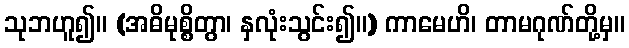
သုဘဟူ၍။ (အဓိမုစ္စိတွာ၊ နှလုံးသွင်း၍။) ကာမေဟိ၊ တာမဂုဏ်တို့မှ။